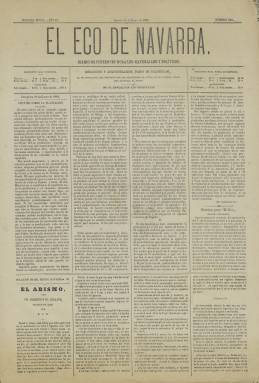
Título: El Eco de Navarra
Colección: Periódicos
Ámbito geográfico: Navarra
Lugar de publicación: Pamplona
Fechas: 18/01/1883-08/12/1891